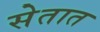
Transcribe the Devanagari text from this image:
सेतात